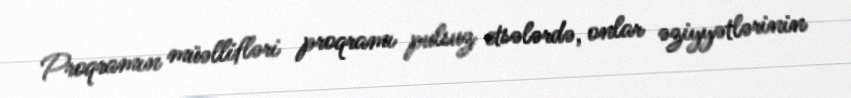
Proqramın müəllifləri proqramı pulsuz etsələrdə, onlar əziyyətlərinin